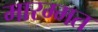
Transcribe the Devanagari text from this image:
मारम्मत